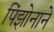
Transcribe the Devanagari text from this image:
पिंझोनाने